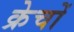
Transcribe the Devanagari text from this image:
क्रेचों